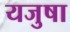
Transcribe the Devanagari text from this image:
यजुषा